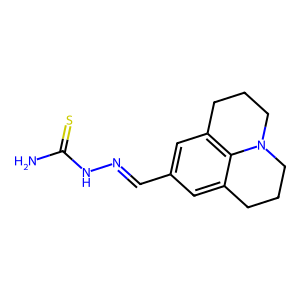
SMILES: NC(=S)NN=Cc1cc2c3c(c1)CCCN3CCC2
Inhibits HIV replication: No